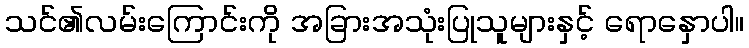
သင်၏လမ်းကြောင်းကို အခြားအသုံးပြုသူများနှင့် ရောနှောပါ။